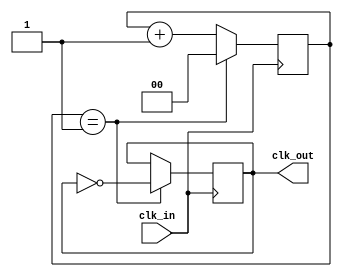
module frequency_synthesizer (
    input wire clk_in,
    output wire clk_out
);

parameter DIVIDE_FACTOR = 2; // Specify the clock divide factor here

reg [DIVIDE_FACTOR-1:0] cnt;
wire clk_out_sync;

assign clk_out = clk_out_sync;

always @(posedge clk_in) begin
    if (cnt == DIVIDE_FACTOR - 1) begin
        cnt <= 0;
        clk_out_sync <= ~clk_out_sync;
    end else begin
        cnt <= cnt + 1;
    end
end

endmodule